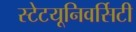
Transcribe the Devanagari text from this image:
स्टेटयूनिवर्सिटी